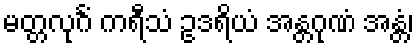
မတ္တလုင်္ဂံ ကရီသံ ဥဒရိယံ အန္တဂုဏံ အန္တံ၊